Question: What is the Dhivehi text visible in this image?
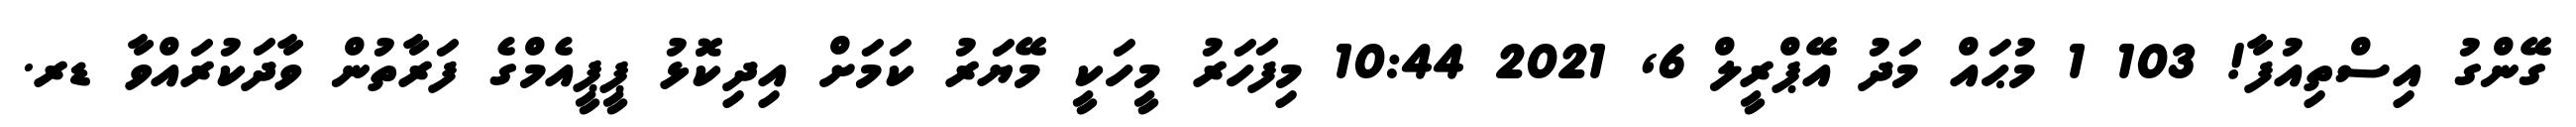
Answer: ގޭންގު އިސްތިއުފާ! 103 1 މުޙައް މަދު އޭޕްރީލް 6, 2021 10:44 މިފަހަރު މީހަކީ މޭޔަރު ކަމަށް އިދިކޮޅު ޕީޕީއެމްގެ ފަރާތުން ވާދަކުރައްވާ ޑރ.